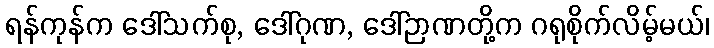
ရန်ကုန်က ဒေါ်သက်စု, ဒေါ်ဂုဏ, ဒေါ်ဉာဏတို့က ဂရုစိုက်လိမ့်မယ်၊